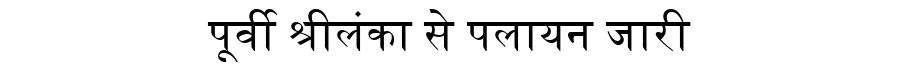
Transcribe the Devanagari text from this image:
पूर्वी श्रीलंका से पलायन जारी